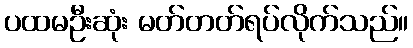
ပထမဦးဆုံး မတ်တတ်ရပ်လိုက်သည်။